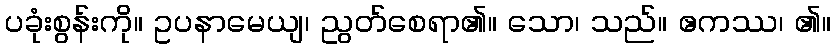
ပခုံးစွန်းကို။ ဥပနာမေယျ၊ ညွတ်စေရာ၏။ သော၊ သည်။ ဧကဿ၊ ၏။